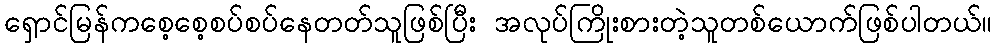
ရှောင်မြန်ကစေ့စေ့စပ်စပ်နေတတ်သူဖြစ်ပြီး အလုပ်ကြိုးစားတဲ့သူတစ်ယောက်ဖြစ်ပါတယ်။